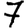
Digit: 7